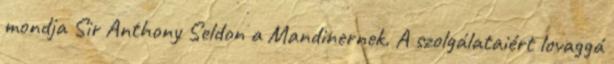
mondja Sir Anthony Seldon a Mandinernek. A szolgálataiért lovaggá